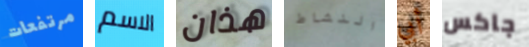
مرتفعات الاسم هذان النشاط أبي جاكس